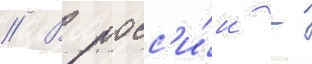
// В росс'и́и -